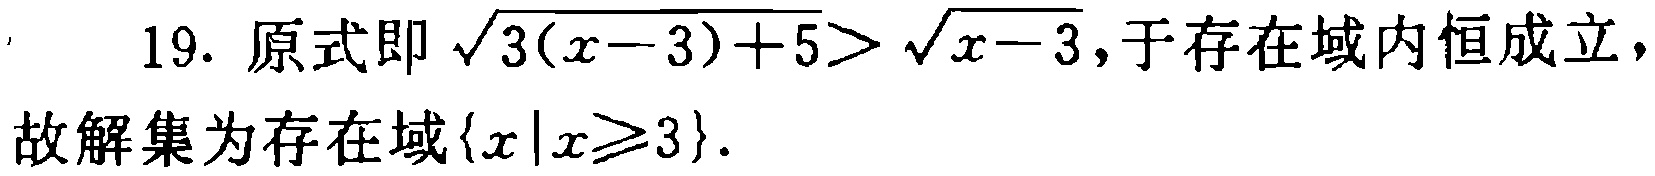
19. 原式即 \(\sqrt{3(x - 3)+5}>\sqrt{x - 3}\)，于存在域内恒成立，故解集为存在域\(\{x|x\geqslant3\}\)。